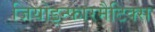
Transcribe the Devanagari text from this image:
जियोइन्फारमैटिक्स